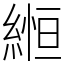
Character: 縆